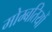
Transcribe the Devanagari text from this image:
मोम्बतियों